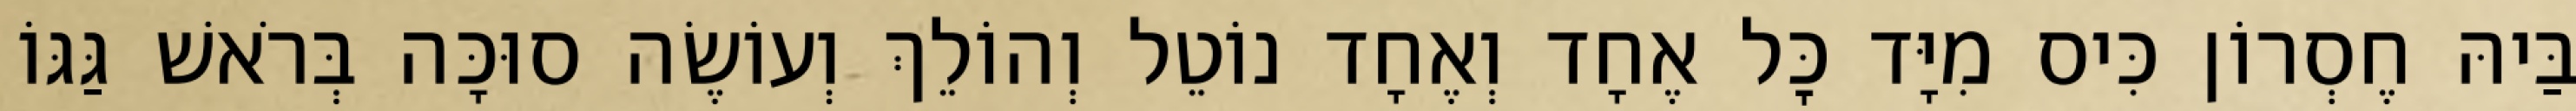
בַּיהּ חֶסְרוֹן כִּיס מִיָּד כׇּל אֶחָד וְאֶחָד נוֹטֵל וְהוֹלֵךְ וְעוֹשֶׂה סוּכָּה בְּרֹאשׁ גַּגּוֹ